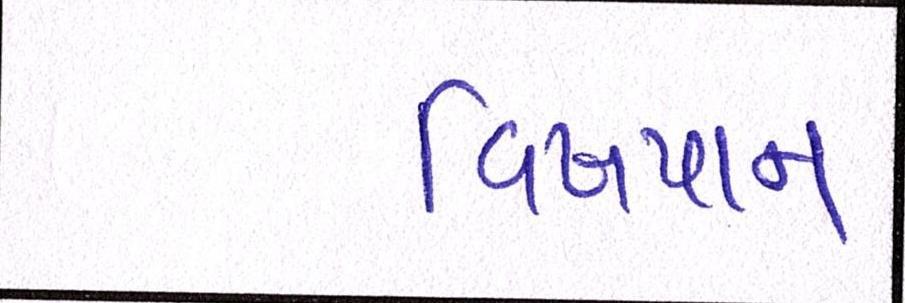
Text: વિષપાન